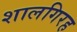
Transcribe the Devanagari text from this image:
शालगिरह